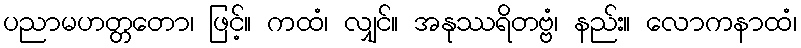
ပညာမဟတ္တတော၊ ဖြင့်။ ကထံ၊ လျှင်။ အနုဿရိတဗ္ဗံ၊ နည်း။ လောကနာထံ၊